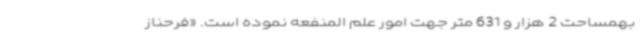
بهمساحت 2 هزار و 631 متر جهت امور علم المنفعه نموده است. «فرحناز